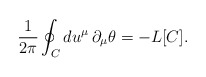
\begin{align*}\frac{1}{2\pi}\oint_C du^\mu\,\partial_\mu\theta=-L[C].\end{align*}